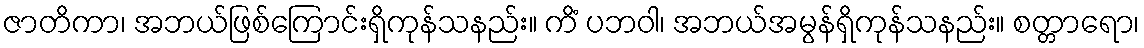
ဇာတိကာ၊ အဘယ်ဖြစ်ကြောင်းရှိကုန်သနည်း။ ကိံ ပဘဝါ၊ အဘယ်အမွန်ရှိကုန်သနည်း။ စတ္တာရော၊